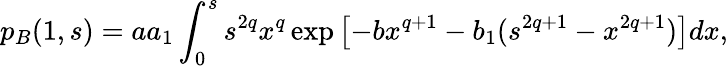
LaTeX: p_{B}(1,s)=aa_{1}\int_{0}^{s}s^{2q}x^{q}\exp\left[-bx^{q+1}-b_{1}(s^{2q+1}-x^{2q+1})\right]dx,